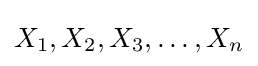
X_{1},X_{2},X_{3},\dotsc ,X_{n}